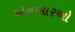
એનઆરઓ